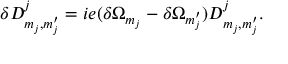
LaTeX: \delta { \cal D } _ { m _ { j } , m _ { j } ^ { \prime } } ^ { j } = i e ( \delta \Omega _ { m _ { j } } - \delta \Omega _ { m _ { j } ^ { \prime } } ) { \cal D } _ { m _ { j } , m _ { j } ^ { \prime } } ^ { j } .